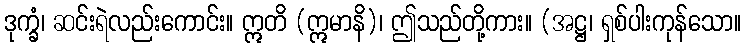
ဒုက္ခံ၊ ဆင်းရဲလည်းကောင်း။ ဣတိ (ဣမာနိ)၊ ဤသည်တို့ကား။ (အဋ္ဌ၊ ရှစ်ပါးကုန်သော။